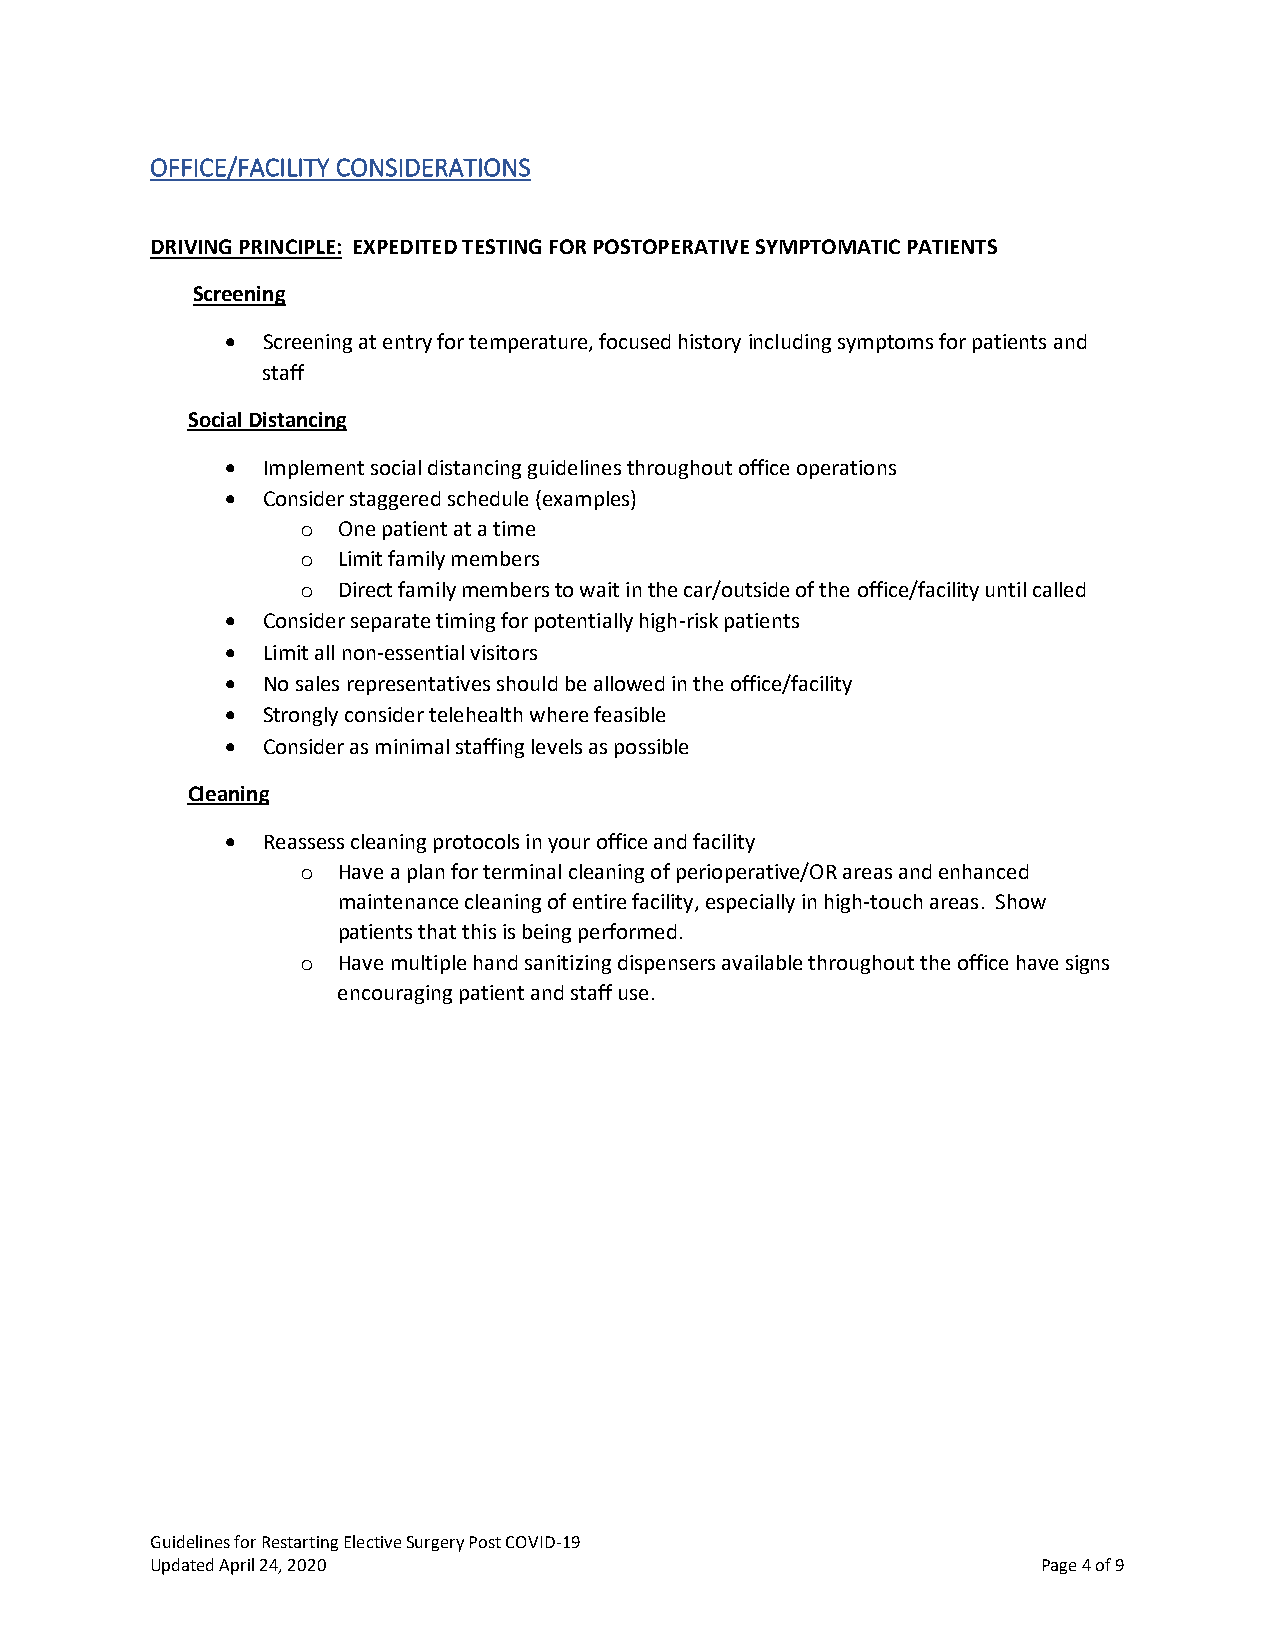
OFFICE/FACILITY CONSIDERATIONS
 DRIVING PRINCIPLE: EXPEDITED TESTING FOR POSTOPERATIVE SYMPTOMATIC PATIENTS
 Screening
 • Screening at entry for temperature, focused history including symptoms for patients and
 staff
 Social Distancing
 • Implement social distancing guidelines throughout office operations
 • Consider staggered schedule (examples)
 One patient at a time
 o
 Limit family members
 o
 Direct family members to wait in the car/outside of the office/facility until called
 o
 • Consider separate timing for potentially high-risk patients
 • Limit all non-essential visitors
 • No sales representatives should be allowed in the office/facility
 • Strongly consider telehealth where feasible
 • Consider as minimal staffing levels as possible
 Cleaning
 • Reassess cleaning protocols in your office and facility
 Have a plan for terminal cleaning of perioperative/OR areas and enhanced
 o
 maintenance cleaning of entire facility, especially in high-touch areas. Show
 patients that this is being performed.
 Have multiple hand sanitizing dispensers available throughout the office have signs
 o
 encouraging patient and staff use.
 Guidelines for Restarting Elective Surgery Post COVID-19
 Updated April 24, 2020                                     Page 4 of 9